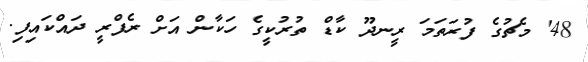
48' މެޗުގެ ފުރަތަމަ ރީނދޫ ކާޑް ތުރުކީގެ ހަކާން އަށް ރެފްރީ ދައްކައިފި.